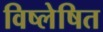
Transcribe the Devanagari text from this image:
विष्लेषित